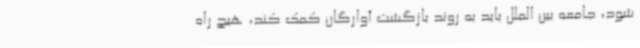
شود، جامعه بین الملل باید به روند بازگشت آوارگان کمک کند، هیچ راه